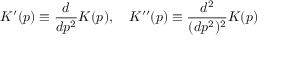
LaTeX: K ^ { \prime } ( p ) \equiv \frac { d } { d p ^ { 2 } } K ( p ) , \quad K ^ { \prime \prime } ( p ) \equiv \frac { d ^ { 2 } } { ( d p ^ { 2 } ) ^ { 2 } } K ( p )